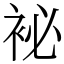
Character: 袐